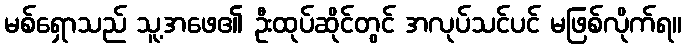
မစ်ရှောသည် သူ့အဖေ၏ ဦးထုပ်ဆိုင်တွင် အလုပ်သင်ပင် မဖြစ်လိုက်ရ။